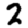
Digit: 2